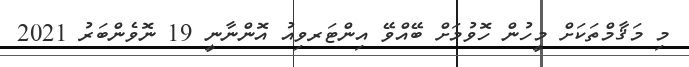
މި މަޤާމްތަކަށް މީހުން ހޮވުމަށް ބޭއްވޭ އިންޓަރވިއު އޮންނާނީ 19 ނޮވެންބަރު 2021